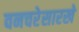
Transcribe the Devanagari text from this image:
वनचरेसारखे